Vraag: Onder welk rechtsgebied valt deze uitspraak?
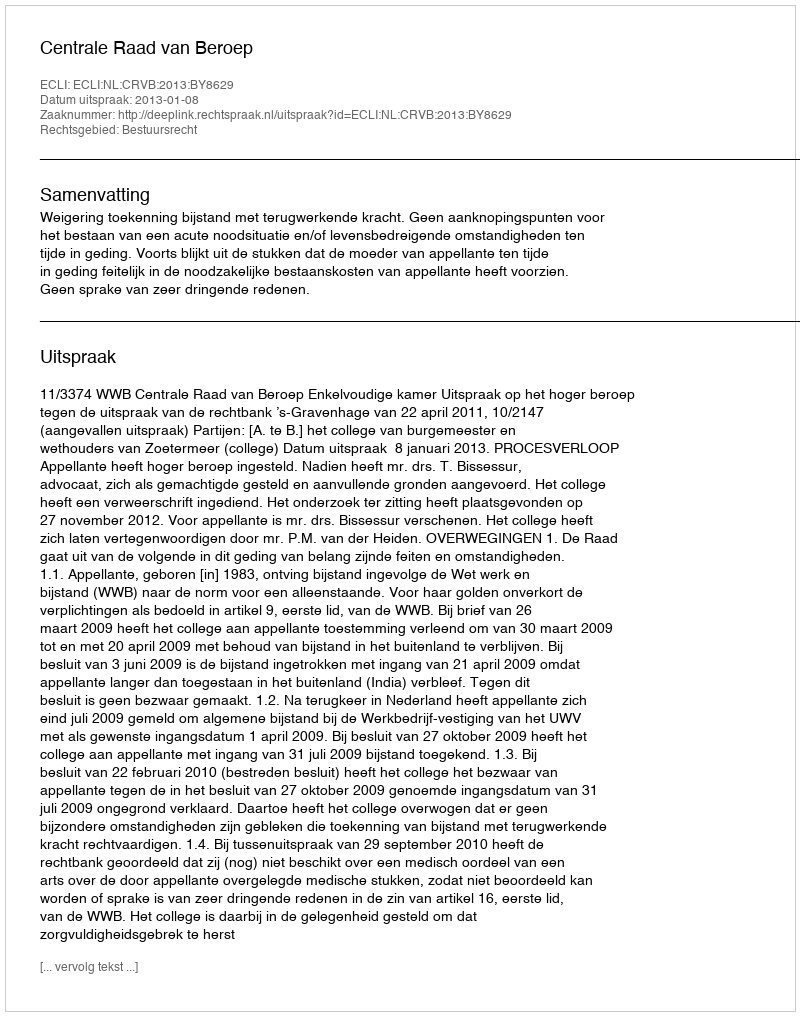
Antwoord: Bestuursrecht